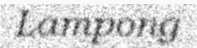
Lampong